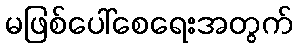
မဖြစ်ပေါ်စေရေးအတွက်